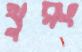
থুরং